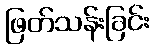
ဖြတ်သန်းခြင်း